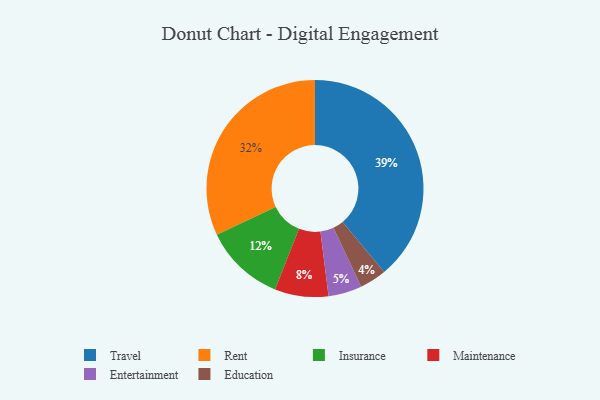
{"axis": {"x": "Category", "y": "Percentage"}, "legend": ["Education", "Entertainment", "Insurance", "Maintenance", "Rent", "Travel"], "data": [{"x": "Rent", "y": 32, "type": "Rent"}, {"x": "Education", "y": 4, "type": "Education"}, {"x": "Travel", "y": 39, "type": "Travel"}, {"x": "Maintenance", "y": 8, "type": "Maintenance"}, {"x": "Insurance", "y": 12, "type": "Insurance"}, {"x": "Entertainment", "y": 5, "type": "Entertainment"}]}